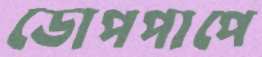
ডোপপাপে